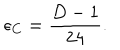
\epsilon _ { C } = \frac { D - 1 } { 2 4 } .